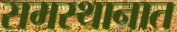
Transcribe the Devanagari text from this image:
समस्थानात